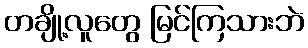
တချို့လူတွေ မြင်ကြသားဘဲ